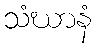
သံဃာနံ